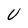
Character: U